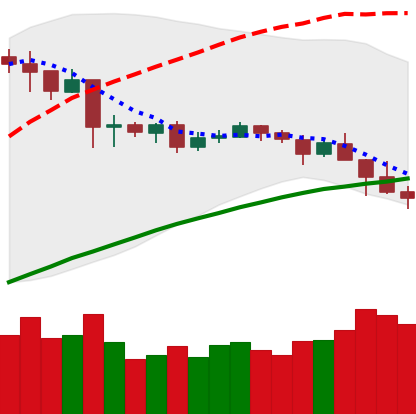
Ticker: NEO-USD
Chart end date: 2019-04-26
Forward return: 3.525%
Label: up_3_5